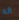
انه